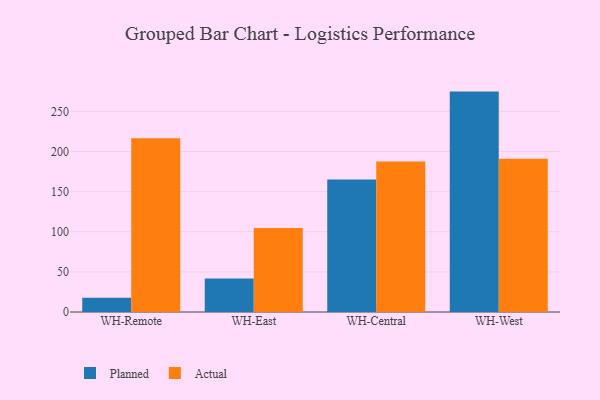
{"axis": {"x": "Warehouse", "y": "Population (Million)"}, "legend": ["Actual", "Planned"], "data": [{"x": "WH-Remote", "y": 17.8, "type": "Planned"}, {"x": "WH-Remote", "y": 216.6, "type": "Actual"}, {"x": "WH-East", "y": 41.6, "type": "Planned"}, {"x": "WH-East", "y": 104.8, "type": "Actual"}, {"x": "WH-Central", "y": 165.1, "type": "Planned"}, {"x": "WH-Central", "y": 187.6, "type": "Actual"}, {"x": "WH-West", "y": 274.7, "type": "Planned"}, {"x": "WH-West", "y": 190.9, "type": "Actual"}]}